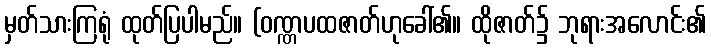
မှတ်သားကြရုံ ထုတ်ပြပါမည်။ (ဝဏ္ဏပထဇာတ်ဟုခေါ်၏။ ထိုဇာတ်၌ ဘုရားအလောင်း၏